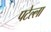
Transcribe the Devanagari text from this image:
पटेल्ला